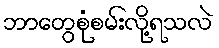
ဘာတွေစုံစမ်းလို့ရသလဲ